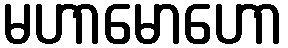
မဟာမောဟော